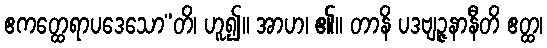
ဧကတ္ထေရာပဒေသော”တိ၊ ဟူ၍။ အာဟ၊ ၏။ တာနိ ပဒဗျဉ္ဇနာနီတိ ဧတ္ထ၊